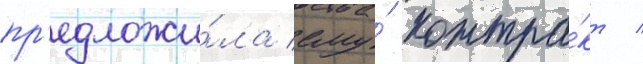
пр'едложи́ла ему́ контра́кт /